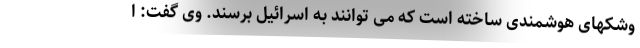
وشکهای هوشمندی ساخته است که می توانند به اسرائیل برسند. وی گفت: ا